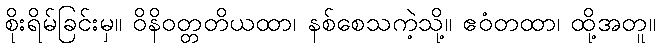
စိုးရိမ်ခြင်းမှ။ ဝိနိဝတ္တတိယထာ၊ နစ်စေသကဲ့သို့။ ဧဝံတထာ၊ ထို့အတူ။